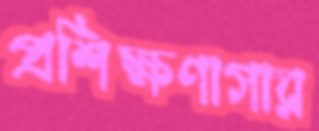
প্রশিক্ষণাগার